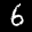
Label: 6